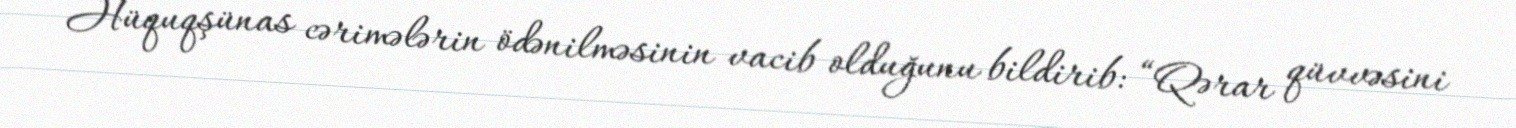
Hüquqşünas cərimələrin ödənilməsinin vacib olduğunu bildirib: “Qərar qüvvəsini